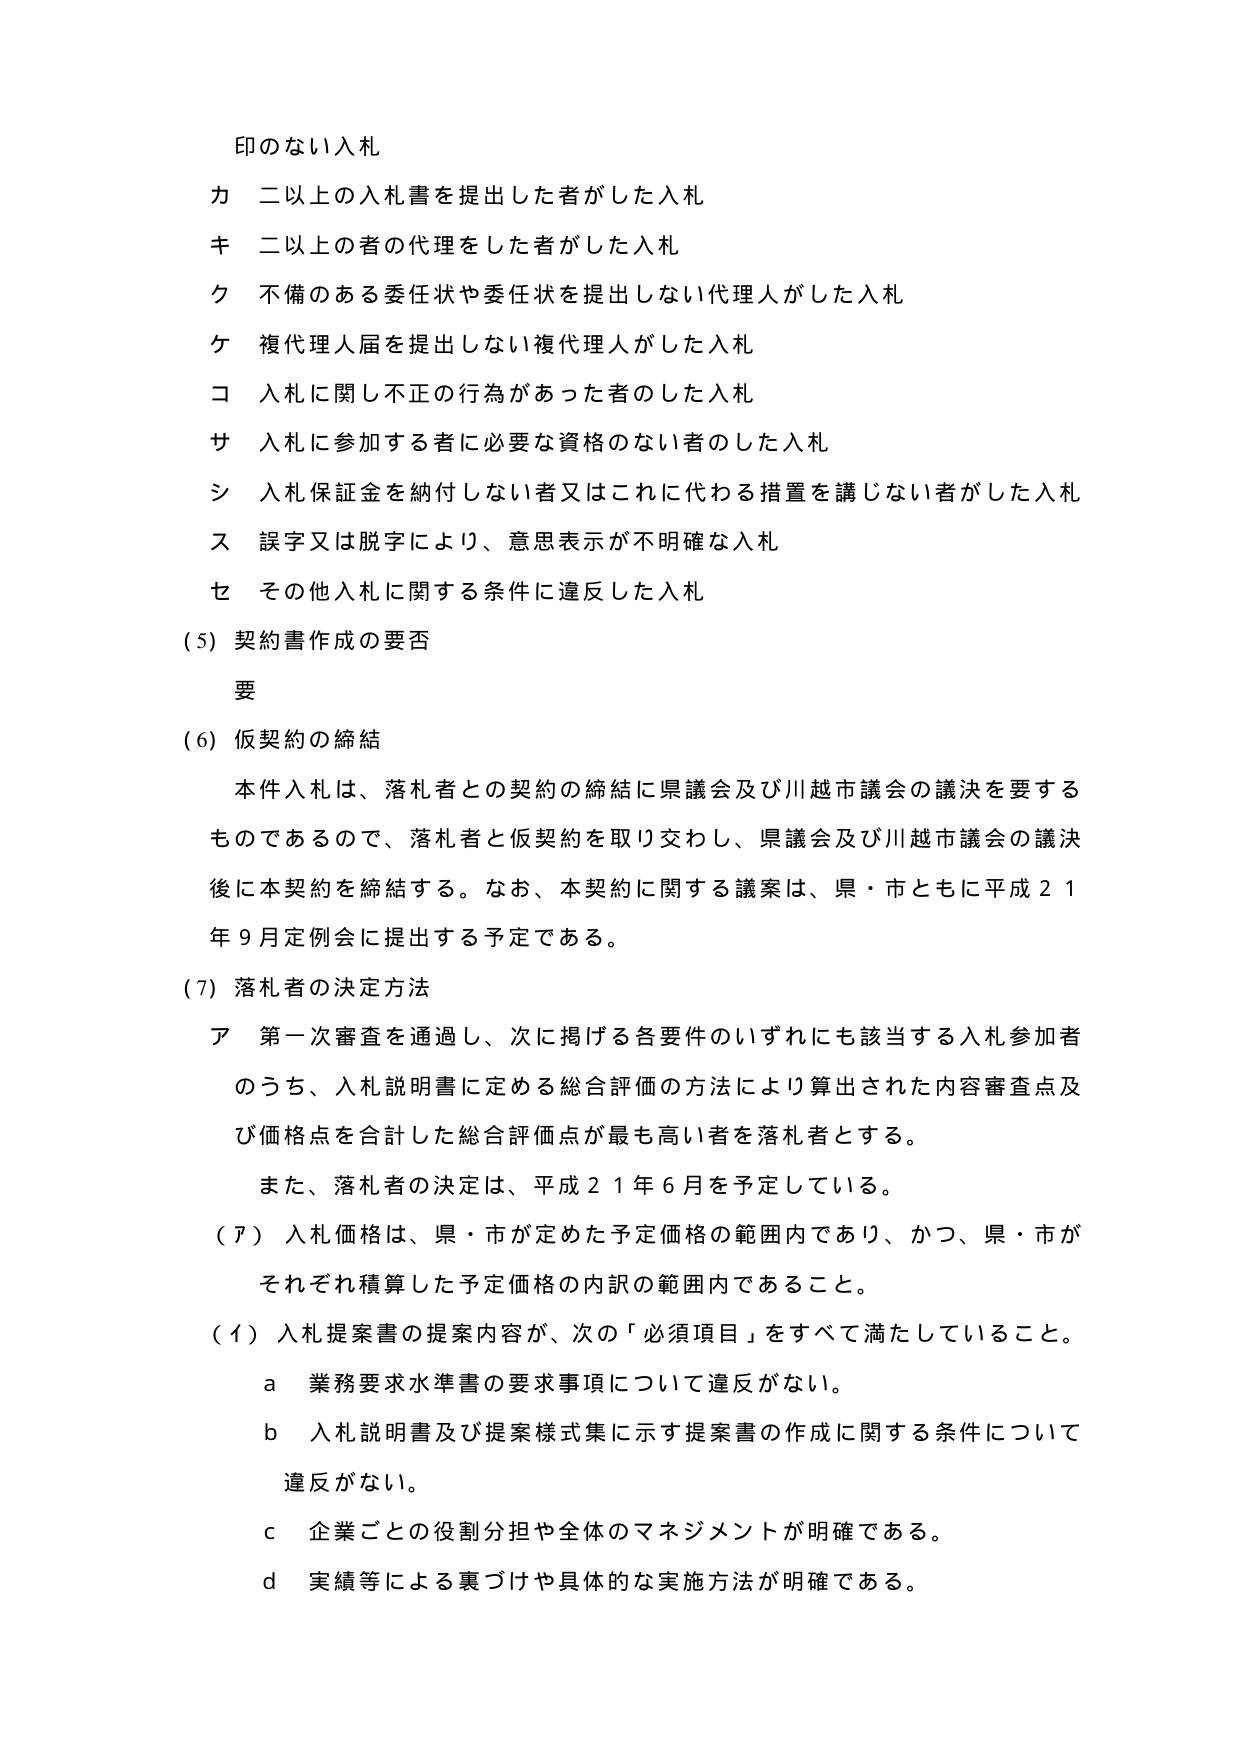
印のない入札
カ 二以上の入札書を提出した者がした入札
キ 二以上の者の代理をした者がした入札
ク 不備のある委任状や委任状を提出しない代理人がした入札
ケ 複代理人届を提出しない複代理人がした入札
コ 入札に関し不正の行為があった者のした入札
サ 入札に参加する者に必要な資格のない者のした入札
シ 入札保証金を納付しない者又はこれに代わる措置を講じない者がした入札
ス 誤字又は脱字により、意思表示が不明確な入札
セ その他入札に関する条件に違反した入札

(5) 契約書作成の要否
要

(6) 仮契約の締結
本件入札は、落札者との契約の締結に県議会及び川越市議会の議決を要するものであるので、落札者と仮契約を取り交わし、県議会及び川越市議会の議決後に本契約を締結する。なお、本契約に関する議案は、県・市ともに平成21年9月定例会に提出する予定である。

(7) 落札者の決定方法
ア 第一次審査を通過し、次に掲げる各要件のいずれにも該当する入札参加者のうち、入札説明書に定める総合評価の方法により算出された内容審査点及び価格点を合計した総合評価点が最も高い者を落札者とする。
また、落札者の決定は、平成21年6月を予定している。

(ア) 入札価格は、県・市が定めた予定価格の範囲内であり、かつ、県・市がそれぞれ積算した予定価格の内訳の範囲内であること。

(イ) 入札提案書の提案内容が、次の「必須項目」をすべて満たしていること。
a 業務要求水準書の要求事項について違反がない。
b 入札説明書及び提案様式集に示す提案書の作成に関する条件について違反がない。
c 企業ごとの役割分担や全体のマネジメントが明確である。
d 実績等による裏づけや具体的な実施方法が明確である。